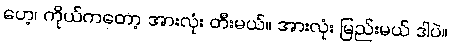
ဟေ့၊ ကိုယ်ကတော့ အားလုံး တီးမယ်။ အားလုံး မြည်းမယ် ဒါပဲ။